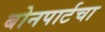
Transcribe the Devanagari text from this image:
बोनपार्टचा